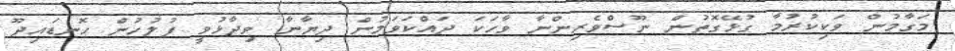
މަގާމުން ވަކިކުރުމާ ގުޅޭގޮތުން ނޫސްވެރިންނާ ވާހަކަ ދައްކަވަމުން ދިޔާނާ ވިދާޅުވީ ފުލުހުން ހޮނޑައިދޫ